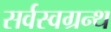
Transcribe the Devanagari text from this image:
सर्वस्वग्रन्थ